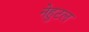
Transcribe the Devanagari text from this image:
नेहुटल